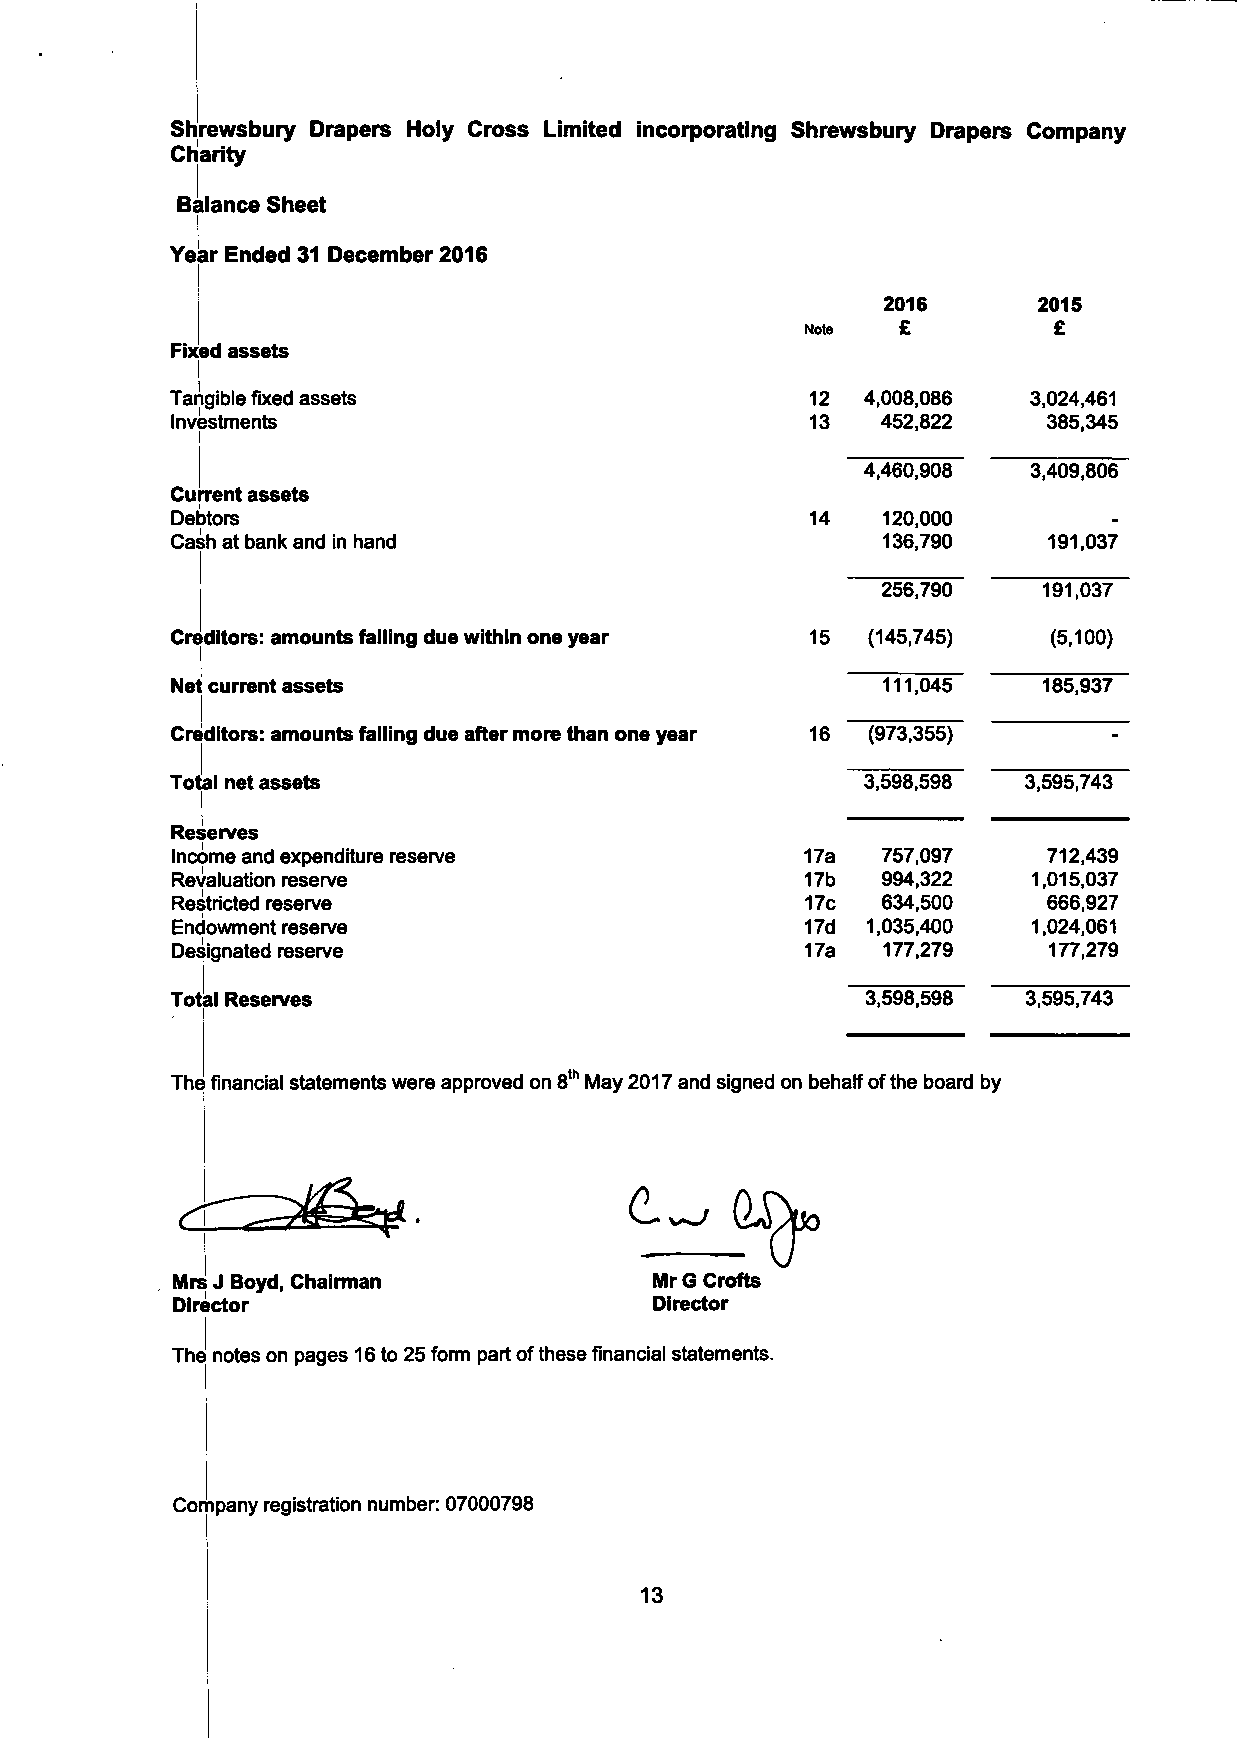
Shrewsbury Drapers Holy Cross Limited incorporating Shrewsbury Drapers Company
 Charity
 Balance Sheet
 I
 Year Ended 31 December 2016
 2016       2015
 £          £
 Note
 Fixed assets
 Tangible fixed assets                      12 4,008,086  3,024,461
 Investments                                13  452,822    385,345
 4,460,908  3,409,806
 Current assets
 Debtors                                    14  120,000         _
 Cash at bank and in hand                       136,790    191,037
 256,790    191,037
 Creditors: amounts falling due within one year 15 (145,745) (5,100)
 Net current assets                             111,045    185,937
 Creditors: amounts falling due after more than one year 16 (973,355)
 Total net assets                              3,598,598  3,595,743
 I
 Reserves
 Income and expenditure reserve            17a  757,097    712,439
 Revaluation reserve                       17b  994,322   1,015,037
 Restricted reserve                        17c  634,500    666,927
 Endowment reserve                         17d 1,035,400  1,024,061
 Designated reserve                        17a  177,279    177,279
 Total Reserves                                3,598,598  3.595,743
 The financial statements were approved on 8th May 2017 and signed on behalf of the board by
 0^o
 Mrs J Boyd, Chairman            Mr G Crofts
 Director                        Director
 The notes on pages 16 to 25 form part of these financial statements.
 Company registration number: 07000798
 13